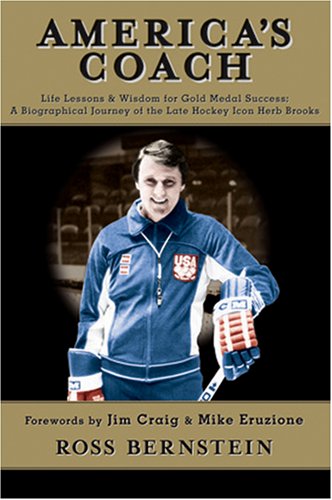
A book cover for America's Coach: Life Lessons & Wisdom for Gold Medal Success: A Biographical Journey of the Late Hockey Icon Herb Brooks; Ross Bernstein; Biographies & Memoirs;